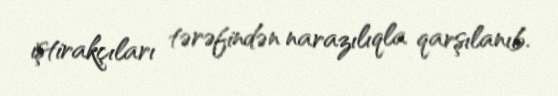
iştirakçıları tərəfindən narazılıqla qarşılanıb.